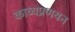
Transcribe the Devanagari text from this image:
काव्यप्रणयन